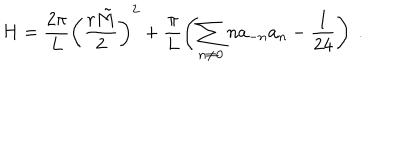
H = \frac { 2 \pi } { L } \left( \frac { r \tilde { M } } { 2 } \right) ^ { 2 } + \frac { \pi } { L } \left( \sum _ { n \neq 0 } n a _ { - n } a _ { n } - \frac { 1 } { 2 4 } \right) \ .